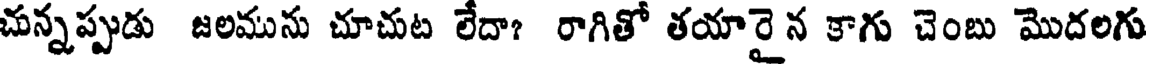
చున్నప్పుడు జలమును చూచుట లేదా? రాగితో తయారై న కాగు చెంబు మొదలగు